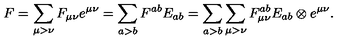
F = \sum _ { \mu > \nu } F _ { \mu \nu } e ^ { \mu \nu } = \sum _ { a > b } F ^ { a b } E _ { a b } = \sum _ { a > b } \sum _ { \mu > \nu } F _ { \mu \nu } ^ { a b } E _ { a b } \otimes e ^ { \mu \nu } .